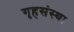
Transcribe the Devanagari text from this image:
गृहसंस्था